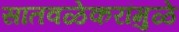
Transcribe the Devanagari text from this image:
सातवळेकरांमुळे